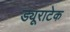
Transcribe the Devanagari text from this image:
ड्यूराटेक